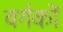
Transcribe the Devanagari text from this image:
वर्गकों